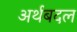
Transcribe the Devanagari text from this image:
अर्थबदल